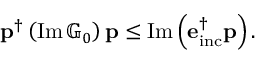
\begin{array} { r } { \mathbf { p } ^ { \dagger } \left( \operatorname { I m } \mathbb { G } _ { 0 } \right) \mathbf { p } \leq \operatorname { I m } \left( \mathbf { e } _ { \mathrm { i n c } } ^ { \dagger } \mathbf { p } \right) . } \end{array}